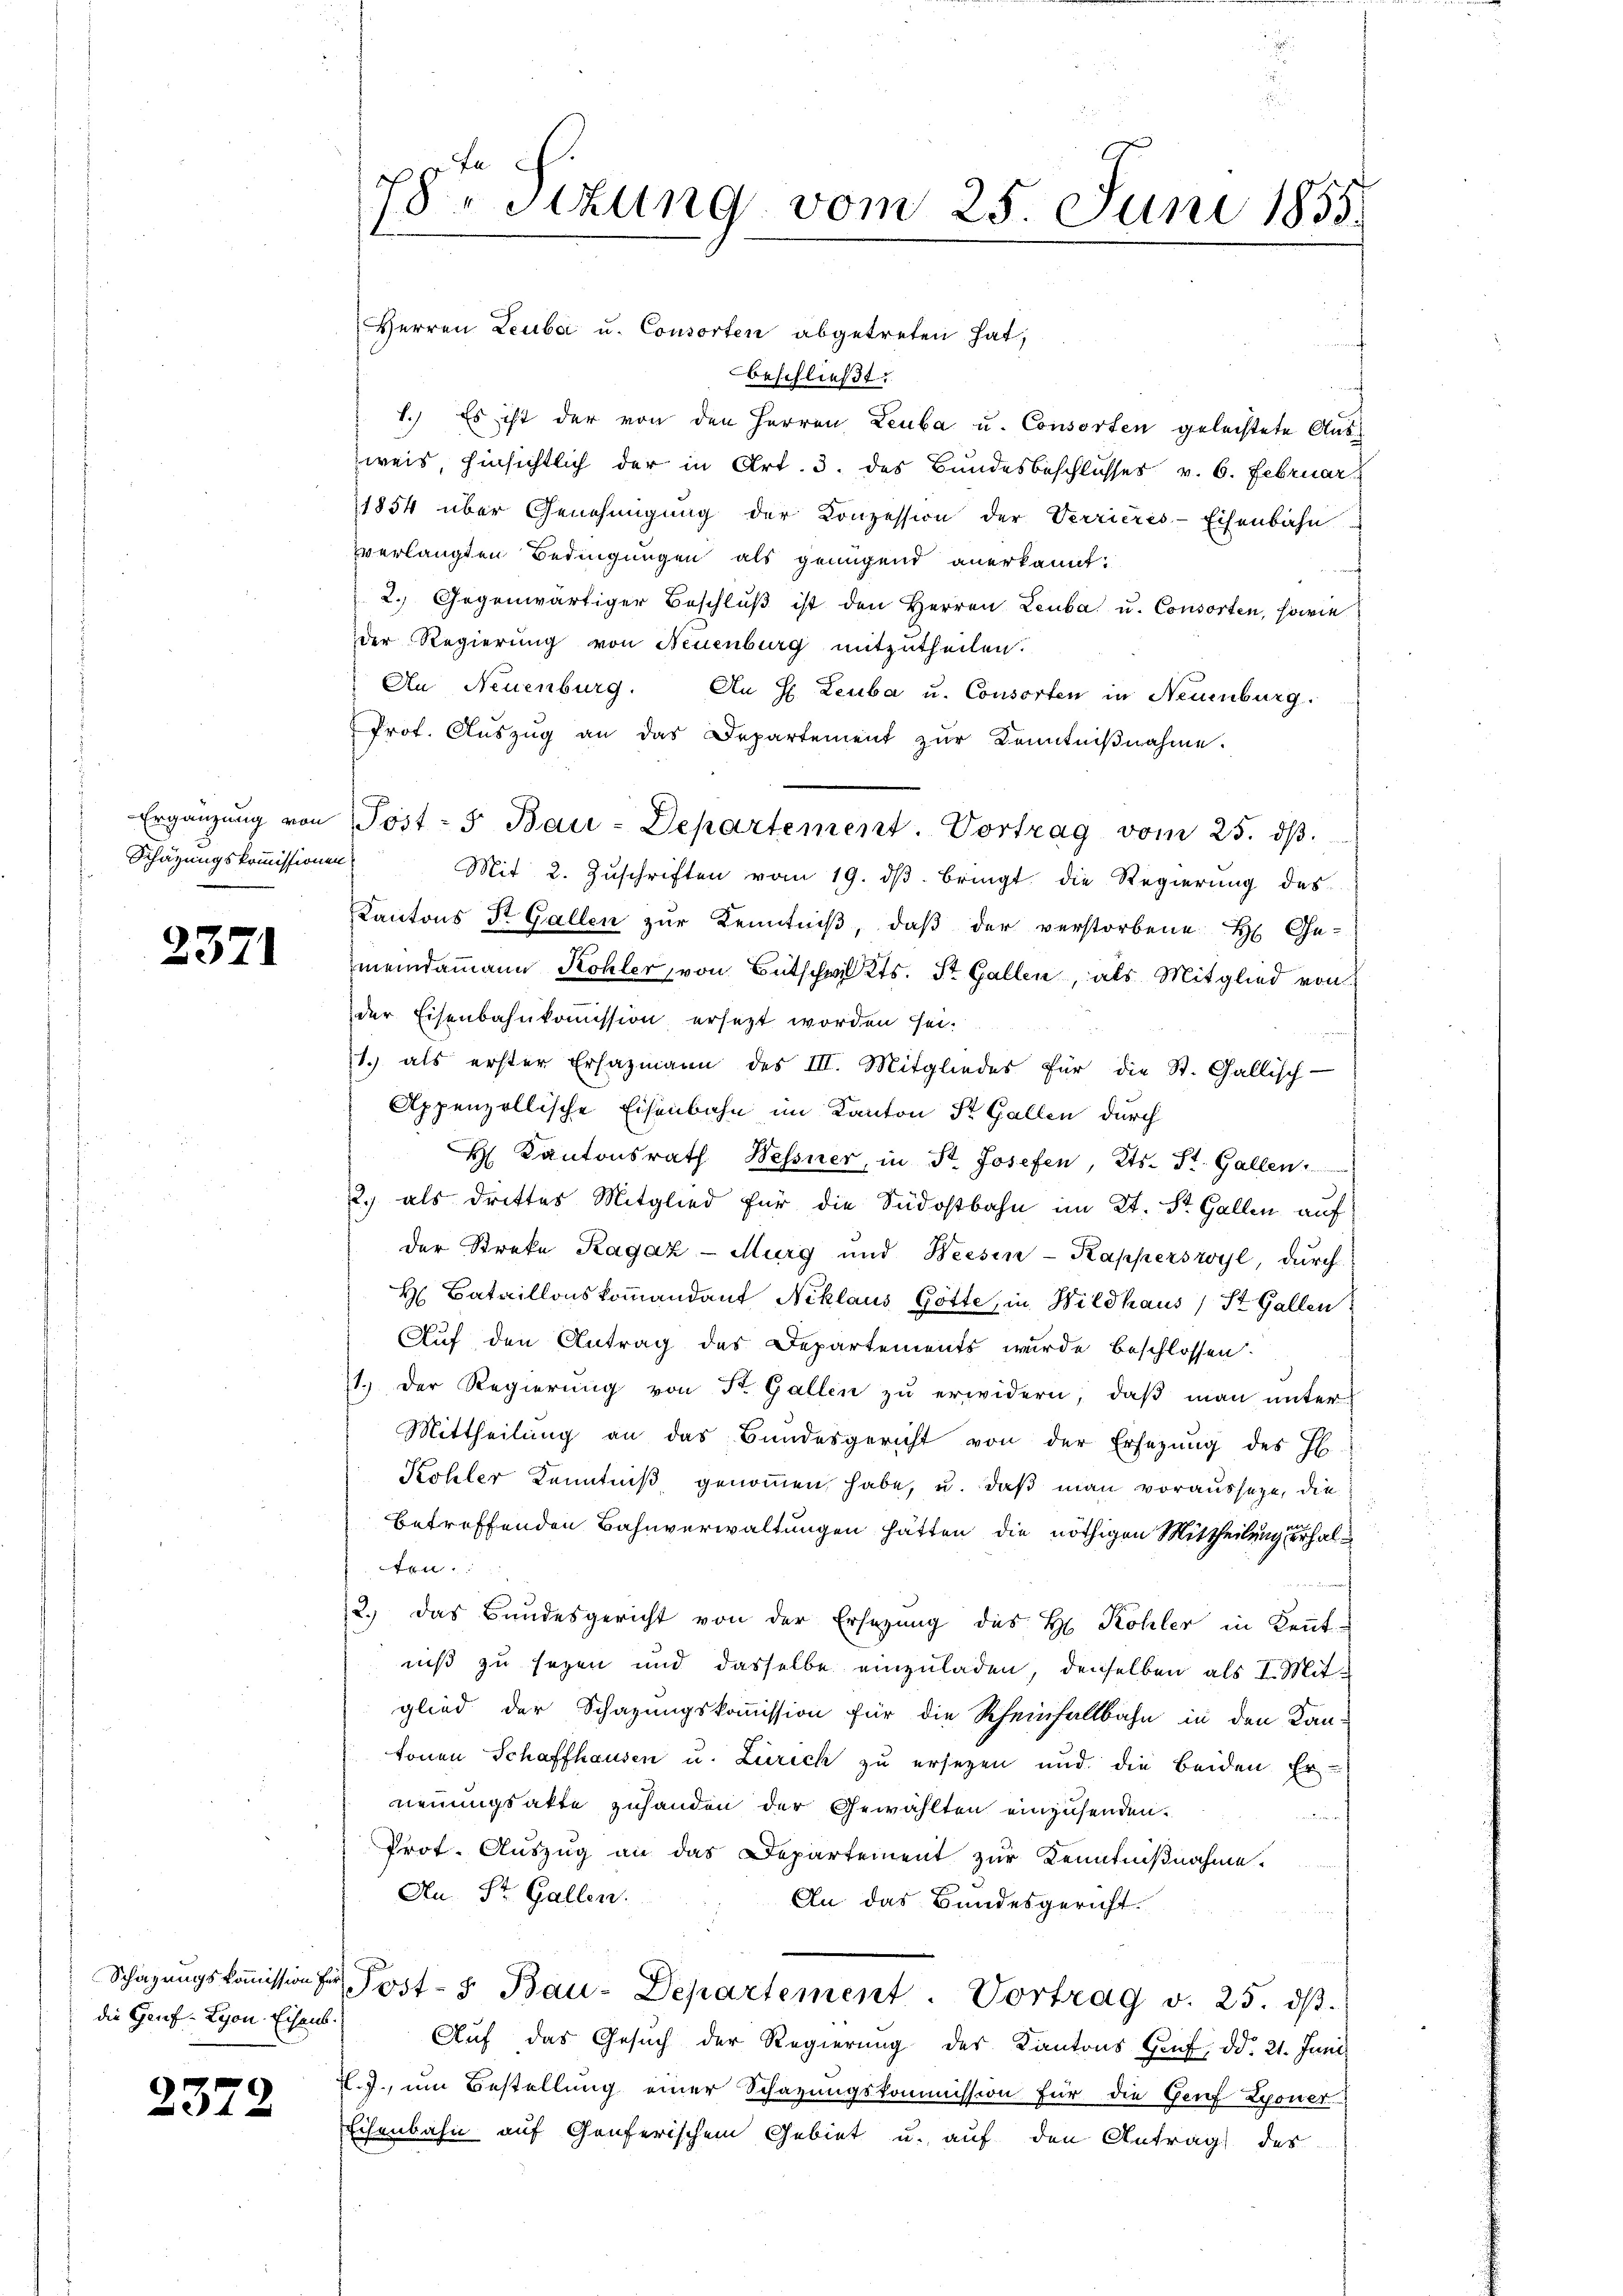
Schätzungskommissionen

2371

die Genf Lyon Eisens.

2372

Herren Leuba u. Consorten abgetreten hat,
beschließt:
1.) Es ist der von den Herren Leuba u. Consorten gelechtete Ausweis, hinsichtlich der in Art. 3. des Bundesbeschlusses v. 6. Februar
1854 über Genehmigŭng der Konzession der Verrieres-Eisenbahn
verlangten Bedingungen als genügend anerkannt:
2. Gegenwärtiger Beschlŭβ ist den Herren Leuba u. Consorten, sowie
der Regierung von Neuenburg mitzutheilen.
An Neuenburg. An H. Leuba u. Consorten in Neuenburg.
Prot. Aŭszŭg an das Departement zŭr Kenntniβnahme.
Ergänzŭng von Post- u Bau-Departement. Vortrag vom 25. dβ.
Mit 2. Zŭschriften vom 19. dβ. bringt die Regierung des
Kantons St. Gallen zŭr Kenntniβ, daβ der verstorbene H. Ge-
meindammann Kohler, von Bütschwil Kts. St. Gallen, als Mitglied von
der Eisenbahnkommission ersezt worden sei.
1. als erster Ersazmann des III. Mitgliedes für die St. Gallisch-
Appenzellische Eisenbahn im Kanton St. Gallen durch
H Kantonsrath Wessner, in St. Josefen, Kts. St. Gallen.
2) als drittes Mitglied für die Südostbahn im Kt. St. Gallen auf
der Streke Ragaz-Murg und Weesen-Kapperswyl, dŭrch
H Bataillonskommandant Niklaus Götte, in Wildhaus) St. Gallen
Auf den Antrag des Departements wurde beschlossen.
1.) Der Regierŭng von St. Gallen zŭ erwidern, daβ man unter
Mittheilung an das Bundesgericht von der Ersezung des Jb.
Kohler Kenntniß genommen habe, u. daß man voraussage, die
betreffenden Bahnverwaltungen hätten die nöthigen Mittheilung erhalten.
2.) Das Bundesgericht von der Ersezung des H. Kohler in Kennt-
niß zu sezen und dasselbe einzuladen, denselben als I. Mit-
glied der Schazungskommission für die Rheinfallbahn in den Kan-
tonen Schaffhausen u. Zürich zu ersezen und die beiden Er-
neuungsakte zuhanden der Gewählten einzusenden.
Prot. Auszug an das Departement zur Kenntnißnahme.
Au. St. Gallen.
An das Bundesgericht.
Schazungskoṁission der Post- u Bau-Departement. Vortrag v. 25. dβ.
Auf das Gesuch der Regierung des Kantons Genf, dd. 21. Juni
X.J., um Bestellung einer Schazungskommission für die Genf Lyoner
Eisenbahn auf Genferischem Gebiet u. auf den Antrag des

78 sizung vom 25. Juni 1855.